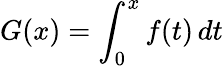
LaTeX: G(x)=\int_{0}^{x}f(t)\, dt